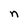
Character: n